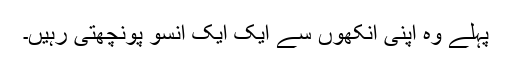
پہلے وہ اپنی آنکھوں سے ایک ایک آنسو پونچھتی رہیں۔